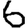
Digit: 6